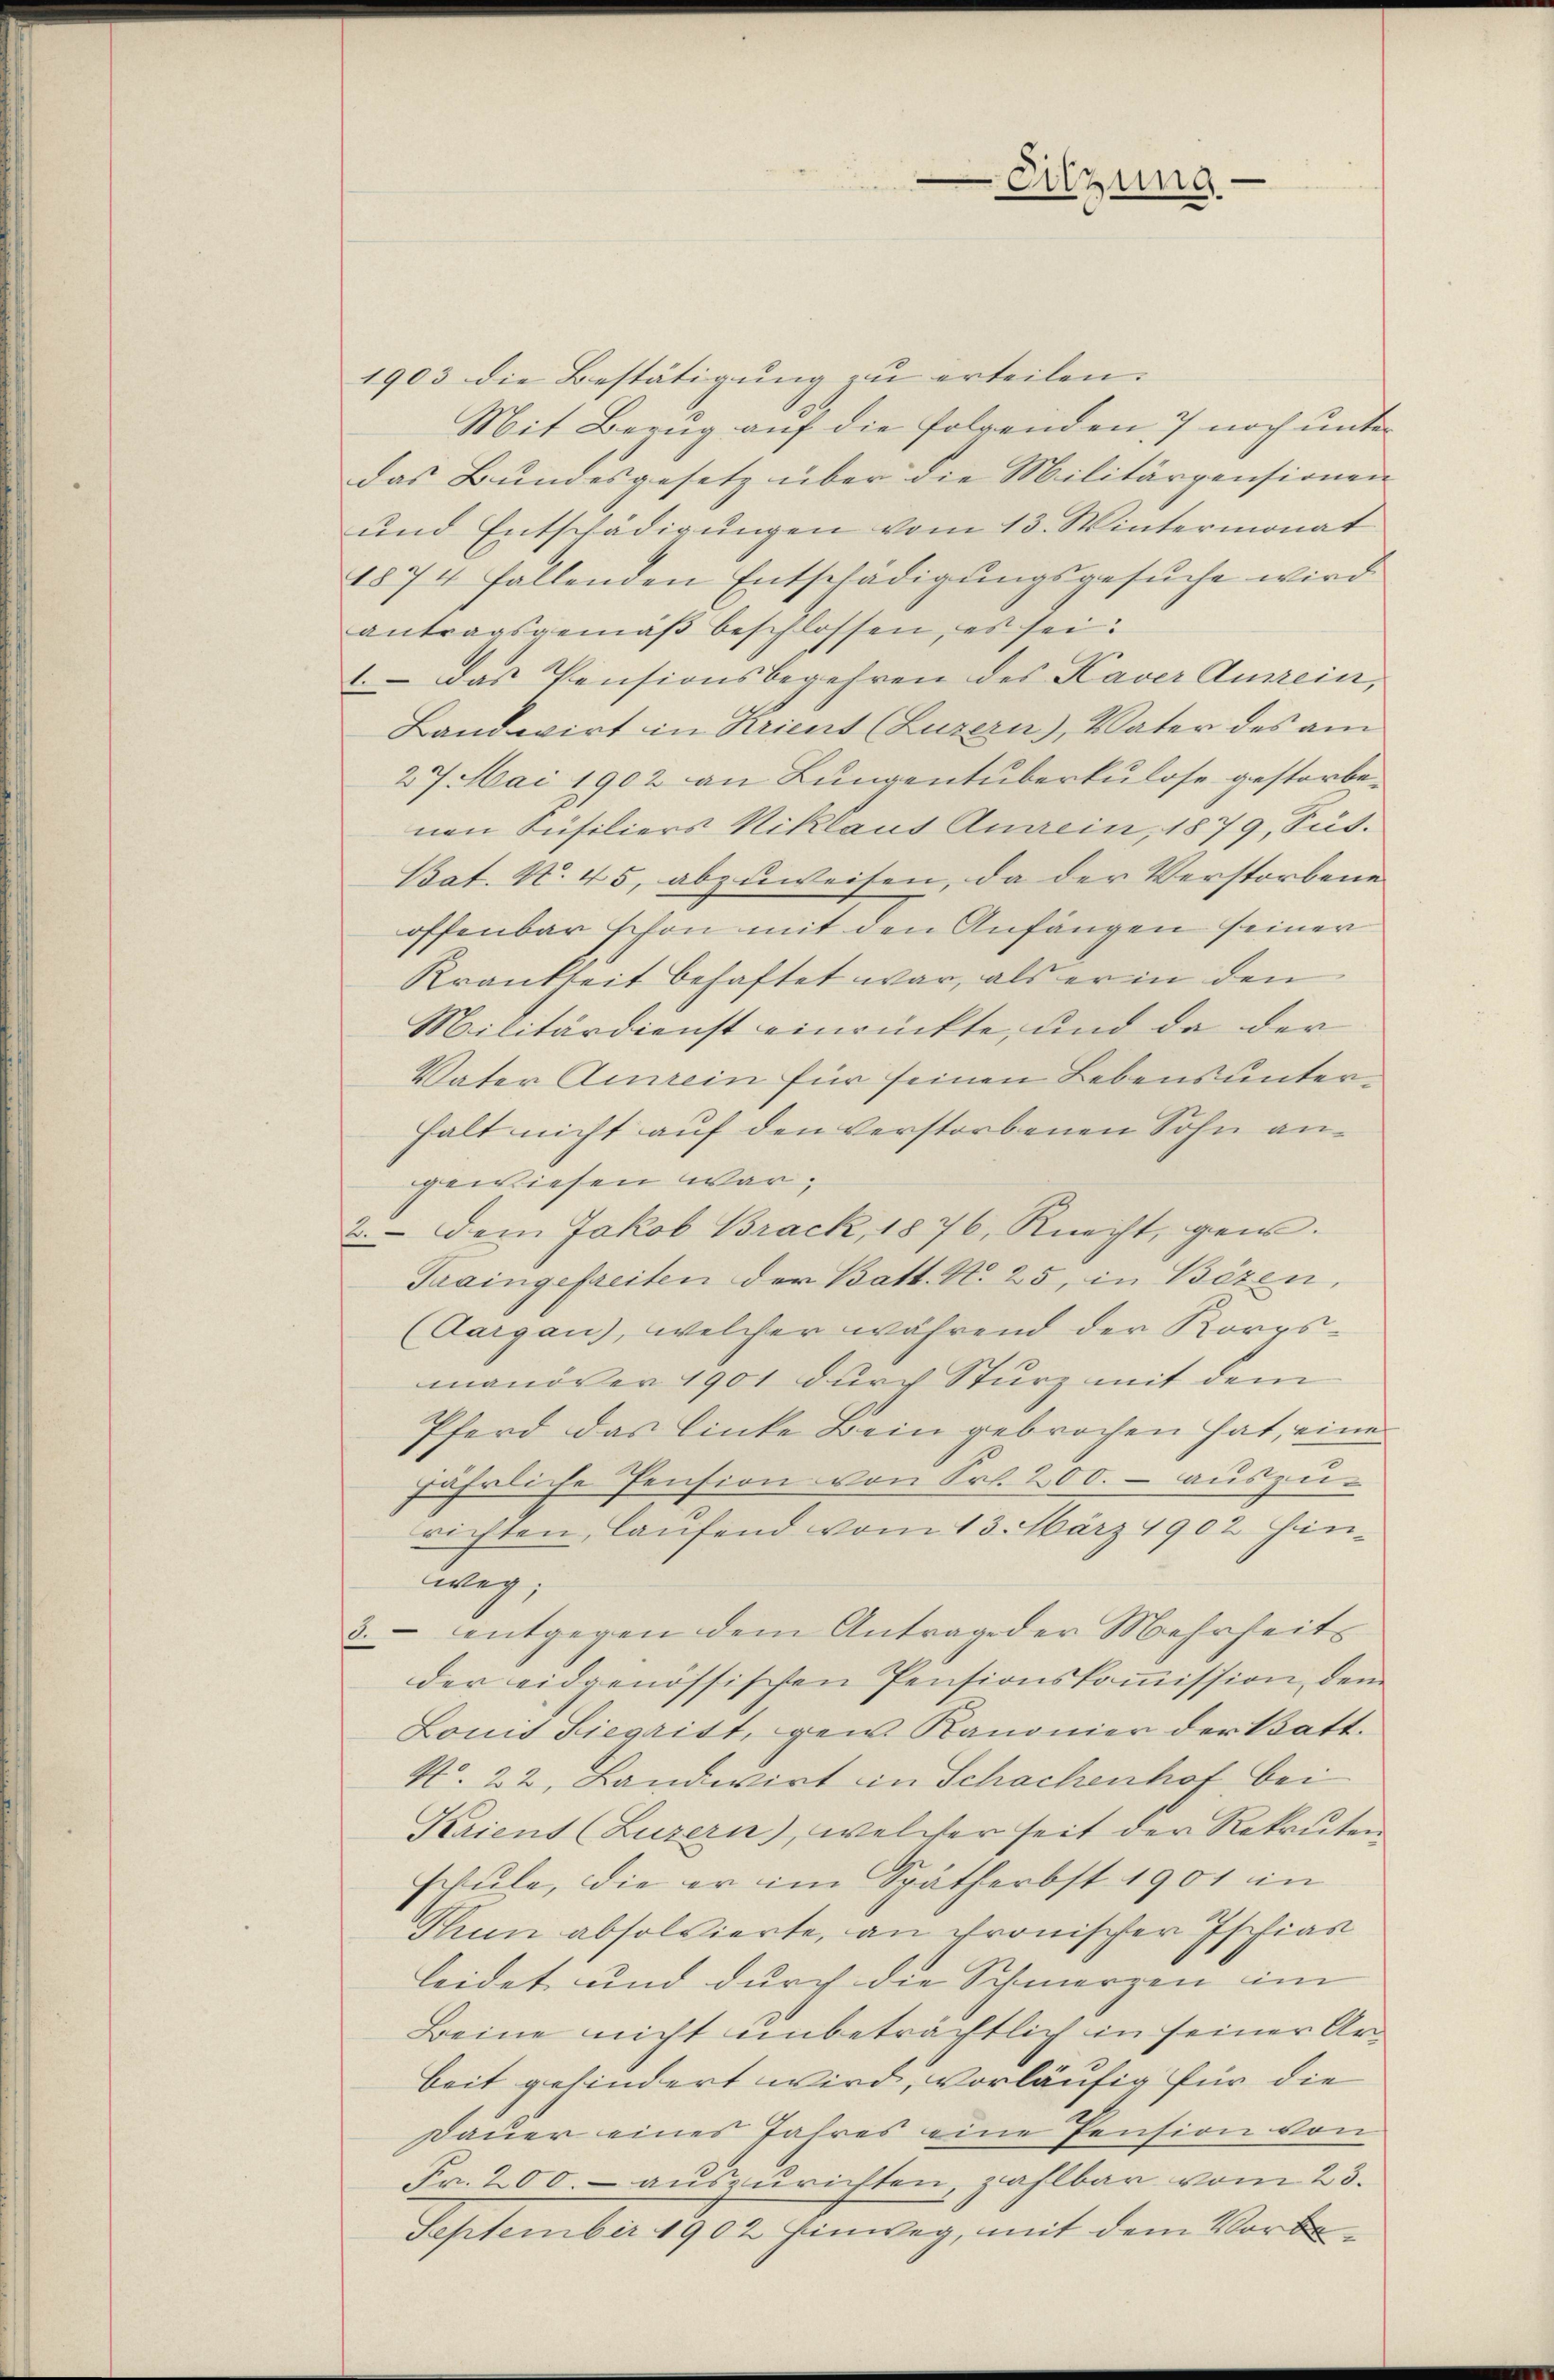
Sitzung

1903 die Bestätigung zu erteilen.
Mit Bezug auf die folgenden 7 noch unter
das Bundesgesetz über die Militärpensionen
und Entschädigungen vom 13. Wintermonat
1874 fallenden Entschädigungsgesuche wird.
antragsgemäβ beschlossen, es sei:
1. Das Pensionsbegehren des Kaver Anrein,
Landwirt in Krient (Luzern), Vater des am
27. Mai 1902 an Lungentuberkulose gestorbenen Füsiliers Niklaus Anein, 1879, Sus.
Bat. N. 45, abzuweisen, da der Verstorbene
offenbar schon mit den Anfängen seiner
Krankheit behaftet war, als er in den
Militärdienst einrückte, und da der
Vater Ainrein für seinen Lebens unterhalt nicht auf den verstorbenen Sohn angewiesen war.
2. Dem Jakob Brack, 1876, Knecht, gei¬
Traingefreiten der Batt. N. 25, in Bözen,
(Aargau), welcher während der Korpsmanöver 1901 durch Sturz mit dem
Pferd das linke Bein gebrochen hat, eine
jährliche Pension von Frl. 200. – auszurichten, laufend vom 13. März 1902 hinweg;
3. entgegen dem Antrage der Mehrheits
der eidgenössischen Pensionskoṁission dem
Lonis Siegritt, gew Kanonier der Batt.
No. 22. Landwirt in Schachenhof bei
Krient (Luzern), welcher seit der Rekruten
schule, die er im Spätherbst 1901 in
Thun absolvierte, an Fronischer Ischias
leidet und durch die Schmerzen im
Beine nicht unbeträchtlich in seiner Arbeit gehindert wird, vorläufig für die
Dauer eines Jahres eine Pension von
Fr. 200.- auszurichten, zahlbar vom 23.
September 1902 Einweg, mit dem Vorbe¬